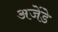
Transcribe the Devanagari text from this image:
अजेंडे